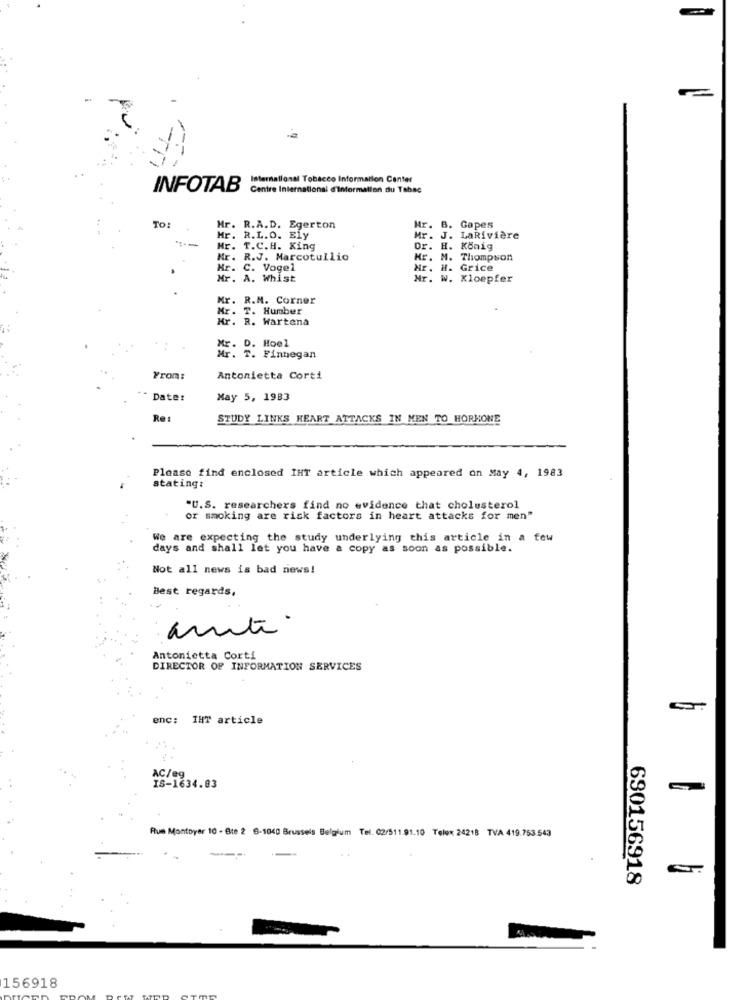
International Tobacco Information Center
INFOTAB
Centre International d'information du Tabac
TO:
Mr. R.A.D. Egerton
Mr. B. Gapes
Mr. R.L.O. Ely
Mr. J. LaRivière
Hr. T.C.H. King
Dr. H. König
Nr. R.J. Marcotullio
Hr. M. Thompson
Mr. C. Vogel
Hr. H. Grice
Mr. A. Whist
Nr. W. Kloepfer
Mr. R.N. Corner
Mr. T. Humber
Mr. R. Wartena
Mr. D. Hoel
Mr. T. Finnegan
From:
Antonietta Corti
" Date:
May 5, 1983
Re:
STUDY LINKS HEART ATTACKS IN MEN TO HORMONE
Please find enclosed IHT article which appeared on May 4, 1983
stating:
"U.S. researchers find no evidence that cholesterol
or smoking are risk factors in heart attacks for men"
We are expecting the study underlying this article in a few
days and shall let you have a copy as soon as possible.
Not all news is bad news!
Best regards,
arnti.
Antonietta Corti
DIRECTOR OF INFORMATION SERVICES
enc:
IHT article
AC/eg
IS-1634.83
Run Montoyer 10 - Bte 2 6-1040 Brussels Belgium Tel. 02/511.91.10 Telex 24218 TVA 419.753.543
---
690156918
156918